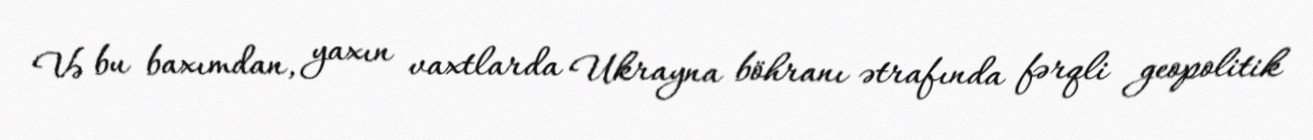
Və bu baxımdan, yaxın vaxtlarda Ukrayna böhranı ətrafında fərqli geopolitik